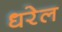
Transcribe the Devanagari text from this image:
धरेल